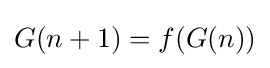
G(n+1)=f(G(n))